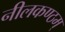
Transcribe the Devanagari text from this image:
नीलकण्ठम्